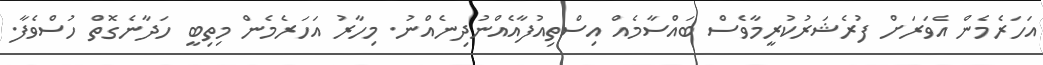
އަހަރެމެން އެވަރަށް ފުރެޝަރުކުރީމާވެސް ބައްސާމެއް އިސްތިއުފާއެއްނުދިނެއްނު. މިހާރު އަހަރެމެން މިތިބީ ހަދާނެގޮތް ހުސްވެފާ.